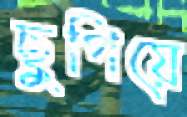
ছুপিয়ে